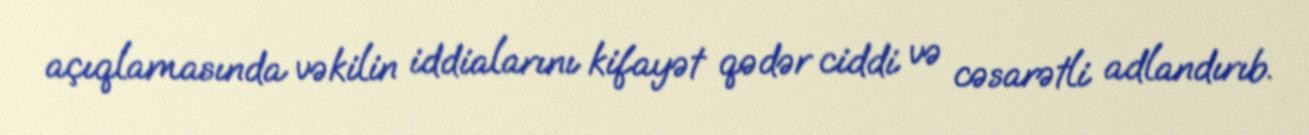
açıqlamasında vəkilin iddialarını kifayət qədər ciddi və cəsarətli adlandırıb.